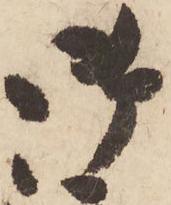
御